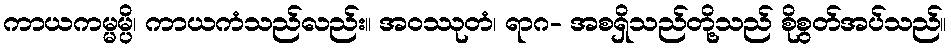
ကာယကမ္မမ္ပိ၊ ကာယကံသည်လည်း။ အဝဿုတံ၊ ရာဂ- အစရှိသည်တို့သည် စိုစွတ်အပ်သည်။